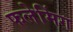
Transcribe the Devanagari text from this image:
फलेमिंग